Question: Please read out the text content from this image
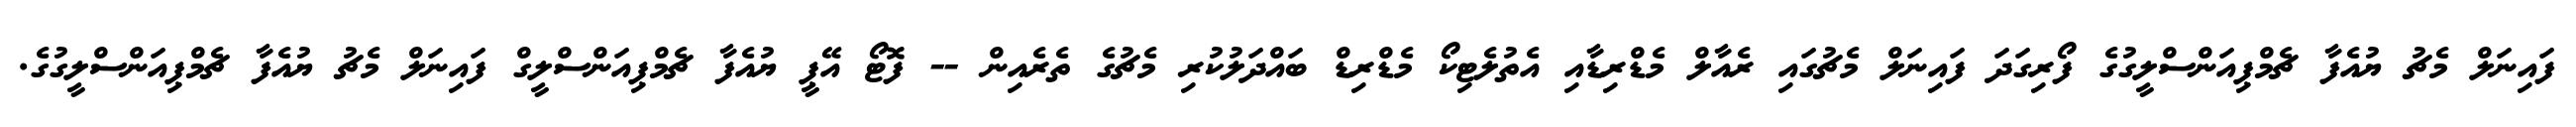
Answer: ފައިނަލް މެޗު ޔުއެފާ ޗެމްޕިއަންސްލީގުގެ ފޯރިގަދަ ފައިނަލް މެޗުގައި ރެއާލް މެޑްރިޑާއި އެތުލެޓިކޯ މެޑްރިޑް ބައްދަލުކުރި މެޗުގެ ތެރެއިން -- ފޮޓޯ އޭޕީ ޔުއެފާ ޗެމްޕިއަންސްލީގް ފައިނަލް މެޗު ޔުއެފާ ޗެމްޕިއަންސްލީގުގެ.